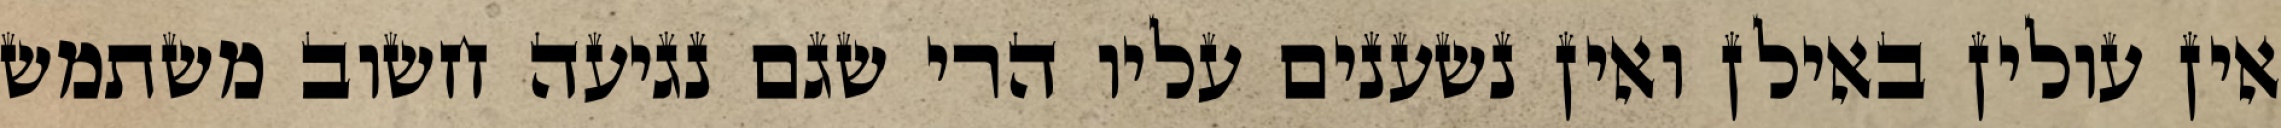
אין עולין באילן ואין נשענים עליו הרי שגם נגיעה חשוב משתמש